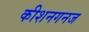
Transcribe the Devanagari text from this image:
कीशनगनज